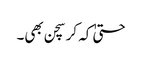
حتیٰ کہ کرسچن بھی۔